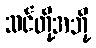
သင်တို့အဘို့